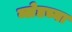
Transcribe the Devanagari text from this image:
ब्लेडच्या